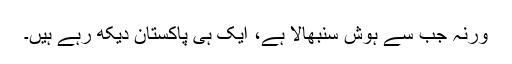
ورنہ جب سے ہوش سنبھالا ہے، ایک ہی پاکستان دیکھ رہے ہیں۔